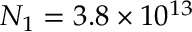
N _ { 1 } = 3 . 8 \times 1 0 ^ { 1 3 }